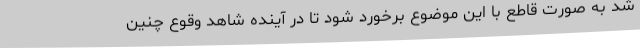
شد به صورت قاطع با این موضوع برخورد شود تا در آینده شاهد وقوع چنین